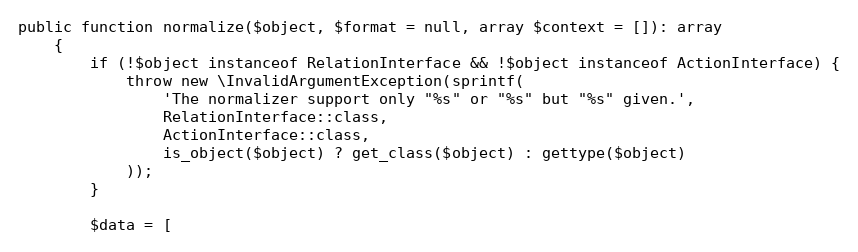
Language: PHP
public function normalize($object, $format = null, array $context = []): array
    {
        if (!$object instanceof RelationInterface && !$object instanceof ActionInterface) {
            throw new \InvalidArgumentException(sprintf(
                'The normalizer support only "%s" or "%s" but "%s" given.',
                RelationInterface::class,
                ActionInterface::class,
                is_object($object) ? get_class($object) : gettype($object)
            ));
        }

        $data = [